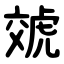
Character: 虠